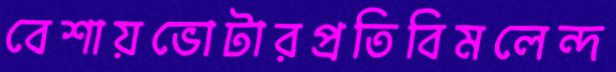
বেশায়ভোটারপ্রতিবিমলেন্দ